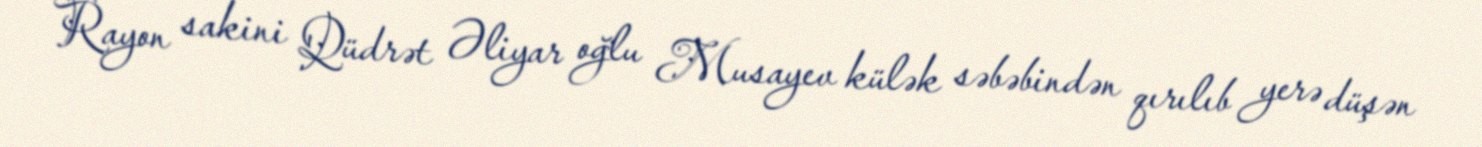
Rayon sakini Qüdrət Əliyar oğlu Musayev külək səbəbindən qırılıb yerə düşən